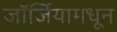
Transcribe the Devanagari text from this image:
जॉर्जियामधून